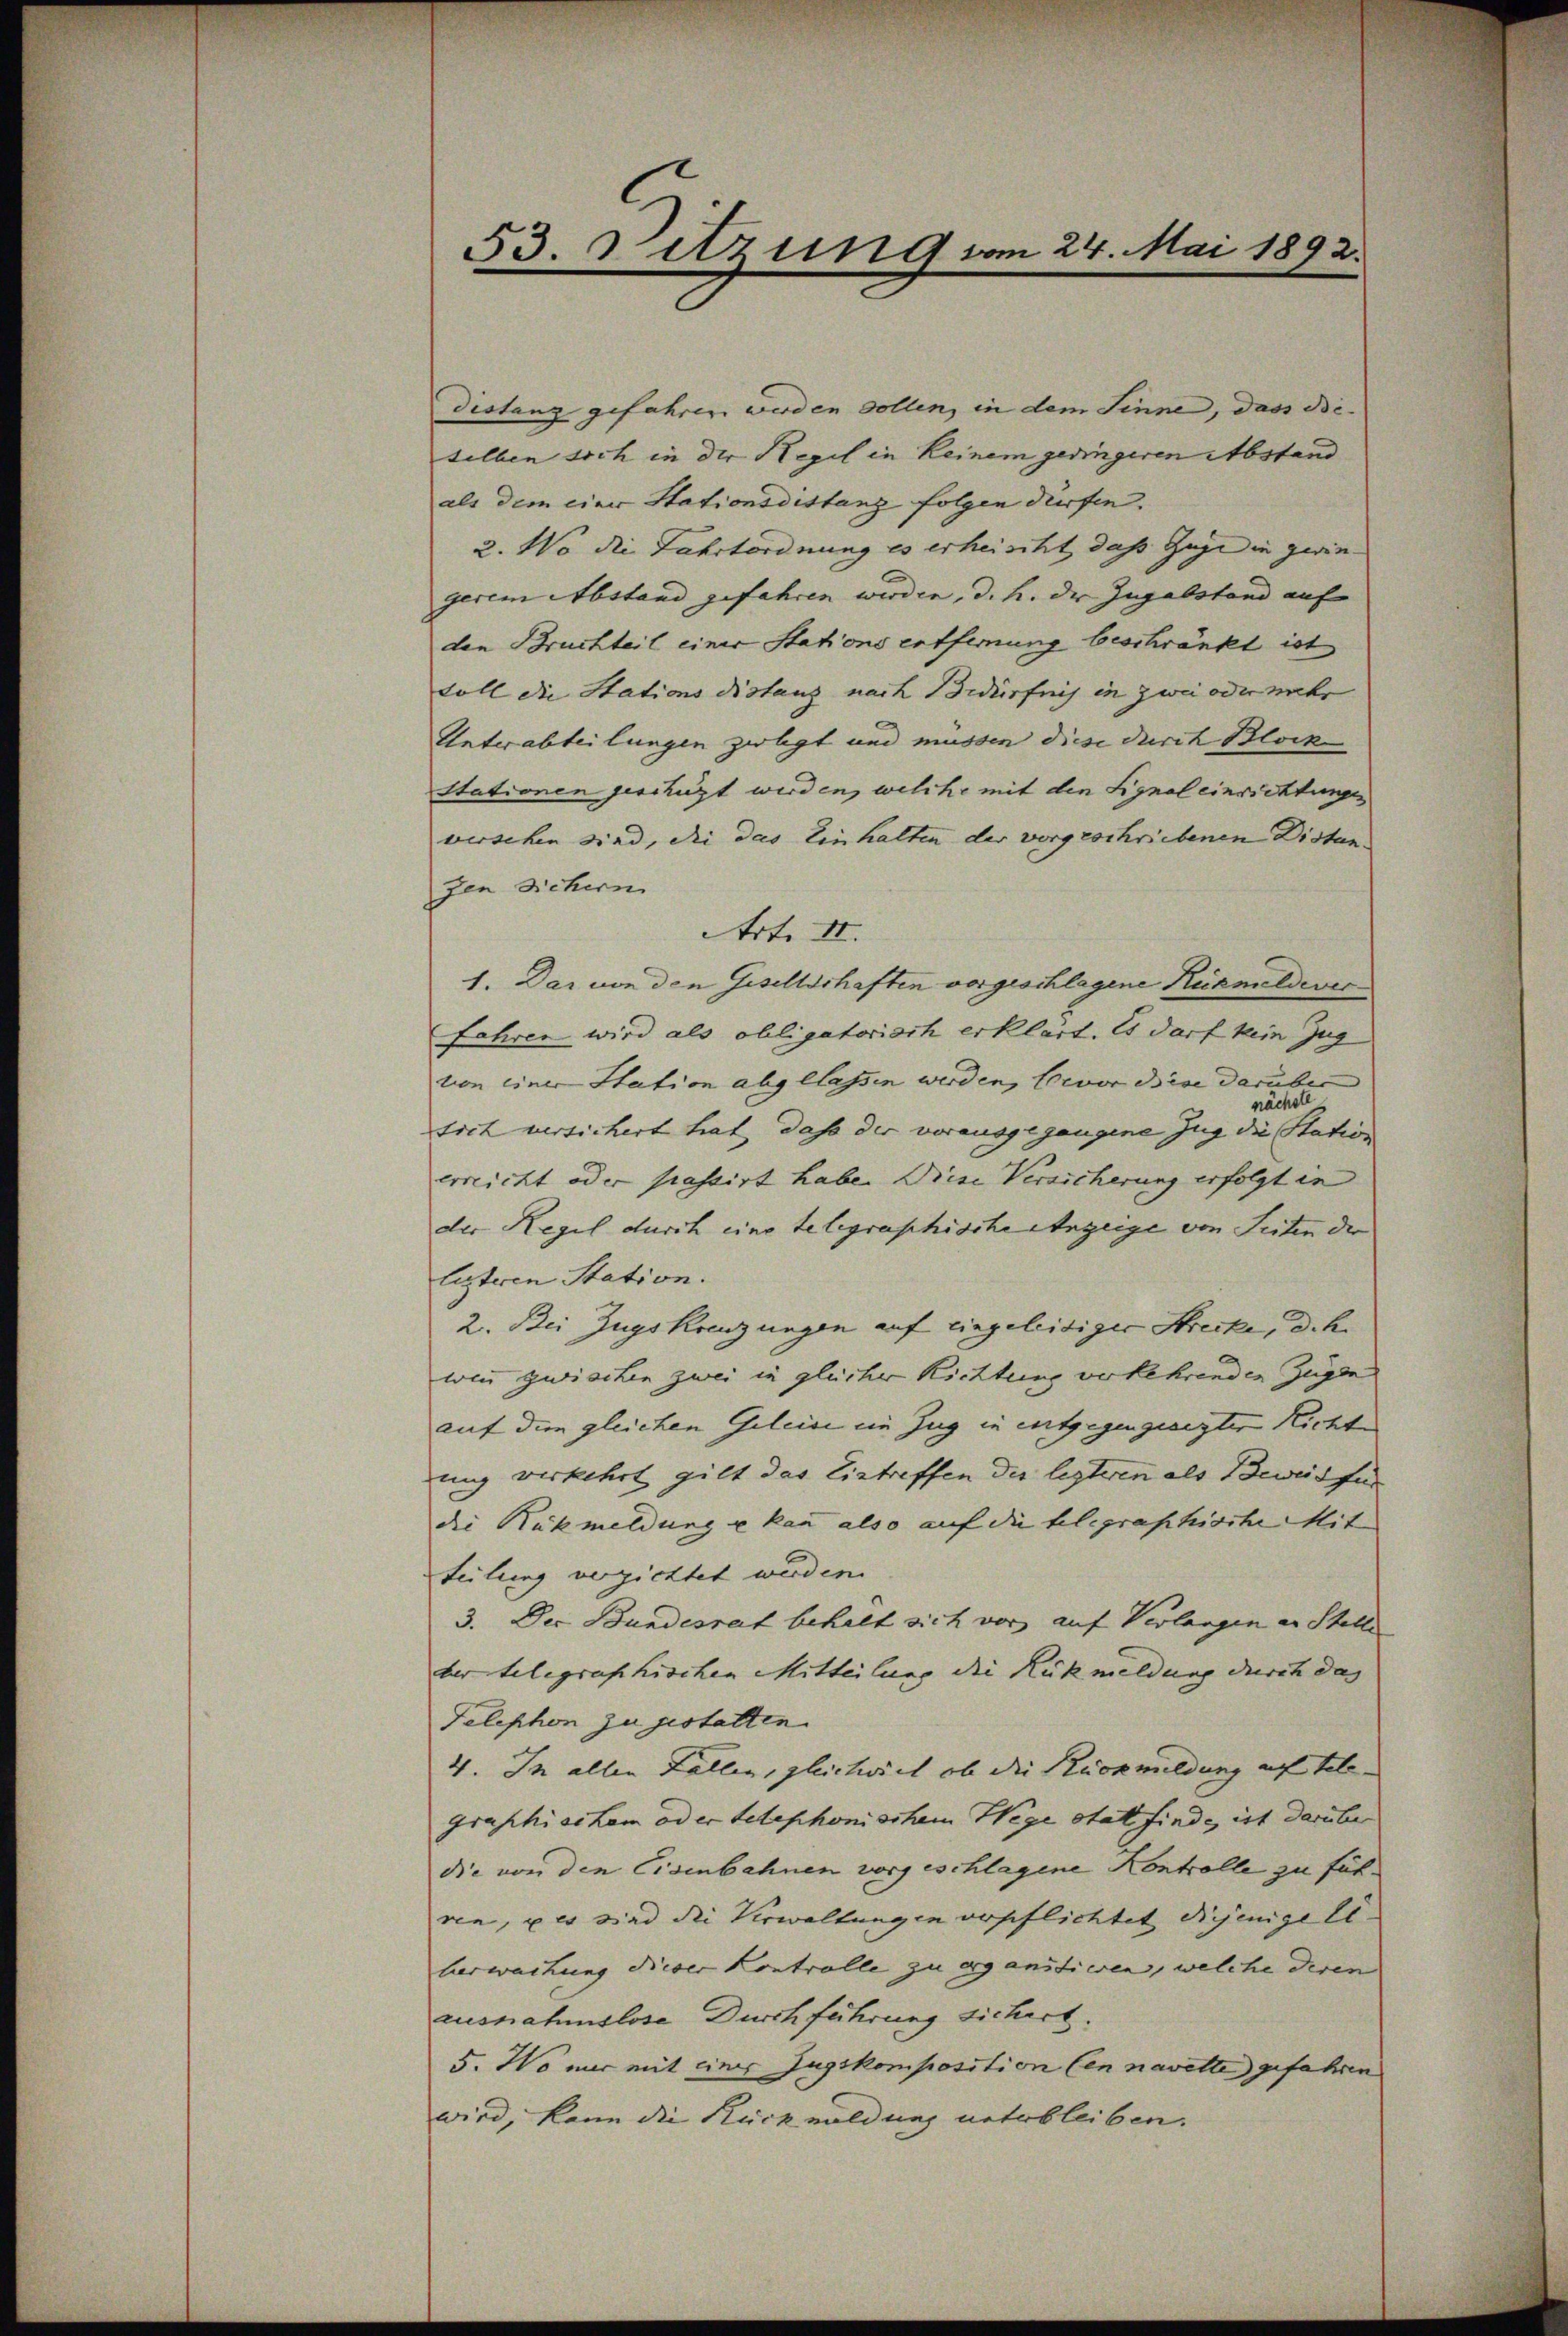
53. Setzung vom 24. Mai 1892.

distanz gefahren werden sollen, in dem Sinne, das Be-
selben sich in der Regel in keinem geringeren Abstand
als dem einer Stationsdistanz folgen dürfen.
2. Wo die Fahrtordnung es erheischt das Gage in zwin-
gerem Abstand gefahren werden, d. h. der Zugabstand auf |
den Bruchteil einer Stations entfernung beschränkt ist
toll die Stations distanz nach Bedürfnis in zwei oder mehr
Unterabteilungen zweigt und müssen diese durch Block
Stationen geschüzt werden, welche mit den Signal einrichtungen
werschen sind, die das Einhalten der vorgeschriebenen Distan
zen Sichern
Art. II.
1. Das von den Gesellschaften vorgeschlagene Rückmildever
fahren wird als obligatorisch erklärt. Es darf kein Zug
von einer Station abgelassen werden, bevor diese darüber
nächste
trit versichert hat, dass der vorausgegangene Zug die Station
erreicht oder passirt habe. Diese Versicherung erfolgt in
der Regel durch eine telegraphische Anzeige von Seiten der
lezteren Station.
2. Bei Zugskreuzungen auf eingeleitiger Strecke, d. h.
wie zwischen zwei in gleicher Richtung vorkehrenden Zügen
auf dem gleichen Geleise ein Zug in entgegengeregter Richt
ung verkehrt gilt das Eintreffen der lezteren als Bewerfen
die Rükmeldung u kann also auf die helegraphische Mit
teilung verzichtet werden.
3. Der Bundesrat behalt sich vor auf Verlangen an Stelle
ber telegraphischen Mitteilung die Rükmeldung durch das |
Telephon zu gestatten.
4. In allen Fallen, gleichviel ob die Ruckmeldung auf tele-
graphischem oder telephonischem Wege stat finde, ist darüber
die von den Eisenbahnen vorgeschlagene Kontrolle zu fühven, u es sind die Verwaltungen verpflichtet diejenige Ei- |
berwachung dieser Kontrolle zu erganisieren, welche deren
ausnahmslose Durchführung sichert.
5. Wo mir mit einer Zugskomposition (en navette gefahren
wird, kann die Rücknaldung notableiben.